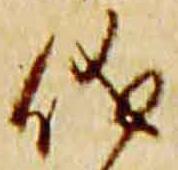
儀